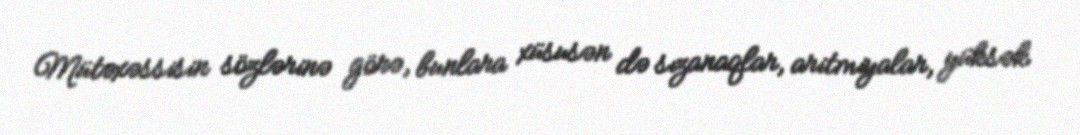
Mütəxəssisin sözlərinə görə, bunlara xüsusən də sızanaqlar, aritmiyalar, yüksək